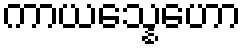
ကာယသ္နေဟော